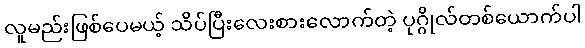
လူမည်းဖြစ်ပေမယ့် သိပ်ပြီးလေးစားလောက်တဲ့ ပုဂ္ဂိုလ်တစ်ယောက်ပါ